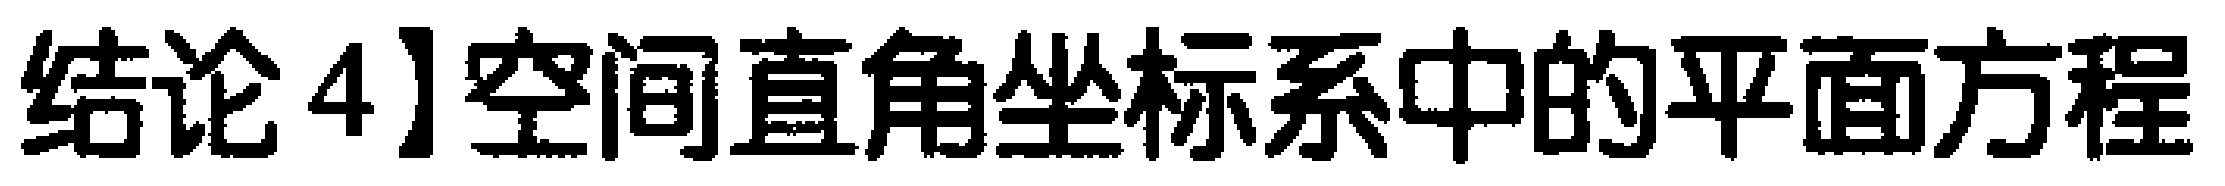
结论4]空间直角坐标系中的平面方程